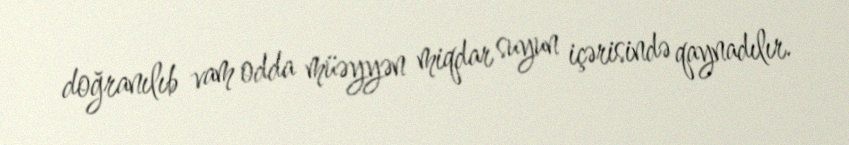
doğranılıb vam odda müəyyən miqdar suyun içərisində qaynadılır.